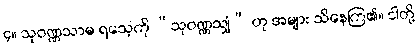
၄။ သုဝဏ္ဏသာမ ရသေ့ကို “သုဝဏ္ဏသျှံ” ဟု အများ သိနေကြ၏။ ငါတို့